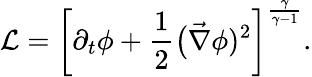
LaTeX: {\cal L}=\left[\partial_{t}\phi+\frac{1}{2}\big(\vec{\nabla}\phi)^{2}\right]^{\frac{\gamma}{\gamma-1}}.